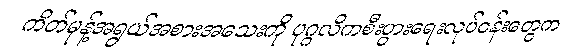
ကိတ်မုန့်အရွယ်အစားအသေးကို ပုဂ္ဂလိကစီးပွားရေးလုပ်ငန်းတွေက